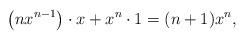
LaTeX: \begin{align*}\left(nx^{n-1}\right)\cdot x + x^n \cdot 1 = (n+1) x^n,\end{align*}